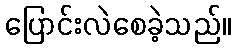
ပြောင်းလဲစေခဲ့သည်။